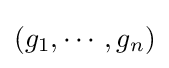
(g_{1},\cdots ,g_{n})